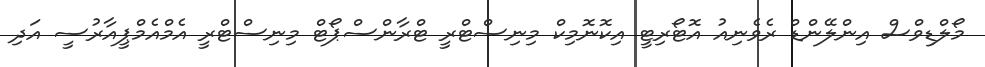
މޯލްޑިވްސް އިންލޭންޑް ރެވެނިއު އޮޓޯރިޓީ އިކޮނޮމިކް މިނިސްޓްރީ ޓްރާންސްޕޯޓް މިނިސްޓްރީ އެމްއެމްޕީއާރުސީ އަދި